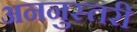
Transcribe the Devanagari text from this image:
अननुस्तरी